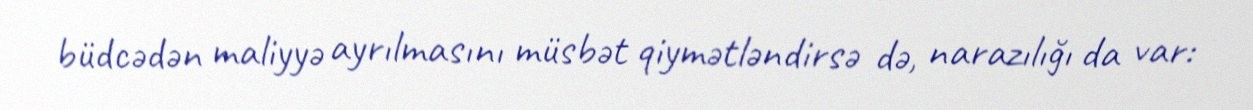
büdcədən maliyyə ayrılmasını müsbət qiymətləndirsə də, narazılığı da var: